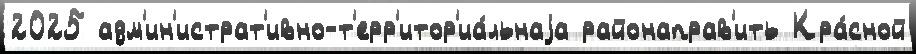
2025 адм'ин'истрат'ивно-т'ерр'итор'иа́льнаjа районаправ'ить Кра́сной